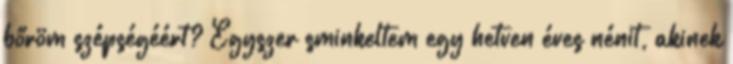
bőröm szépségéért? Egyszer sminkeltem egy hetven éves nénit, akinek